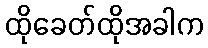
ထိုခေတ်ထိုအခါက